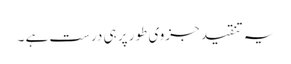
یہ تنقید جزوی طور پر ہی درست ہے ۔